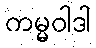
ကမ္မဝါဒါ